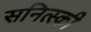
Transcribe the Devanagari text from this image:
सनित्स्की